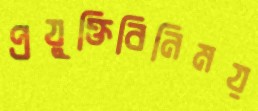
প্রযুক্তিবিনিময়